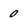
Character: 0